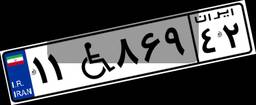
۱۱W۸۶۹۴۲